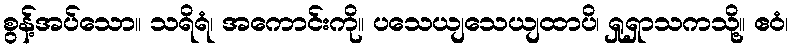
စွန့်အပ်သော။ သရိရံ၊ အကောင်းကို။ ပသေယျသေယျထာပိ၊ ရှုရှာသကသို့။ ဧဝံ၊